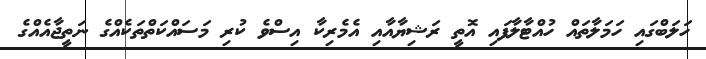
ހަލަބްގައި ހަމަލާތައް ހުއްޓާލާފައި އޮތީ ރަޝިޔާއާއި އެމެރިކާ އިސްވެ ކުރި މަސައްކަތްތަކެއްގެ ނަތީޖާއެއްގެ